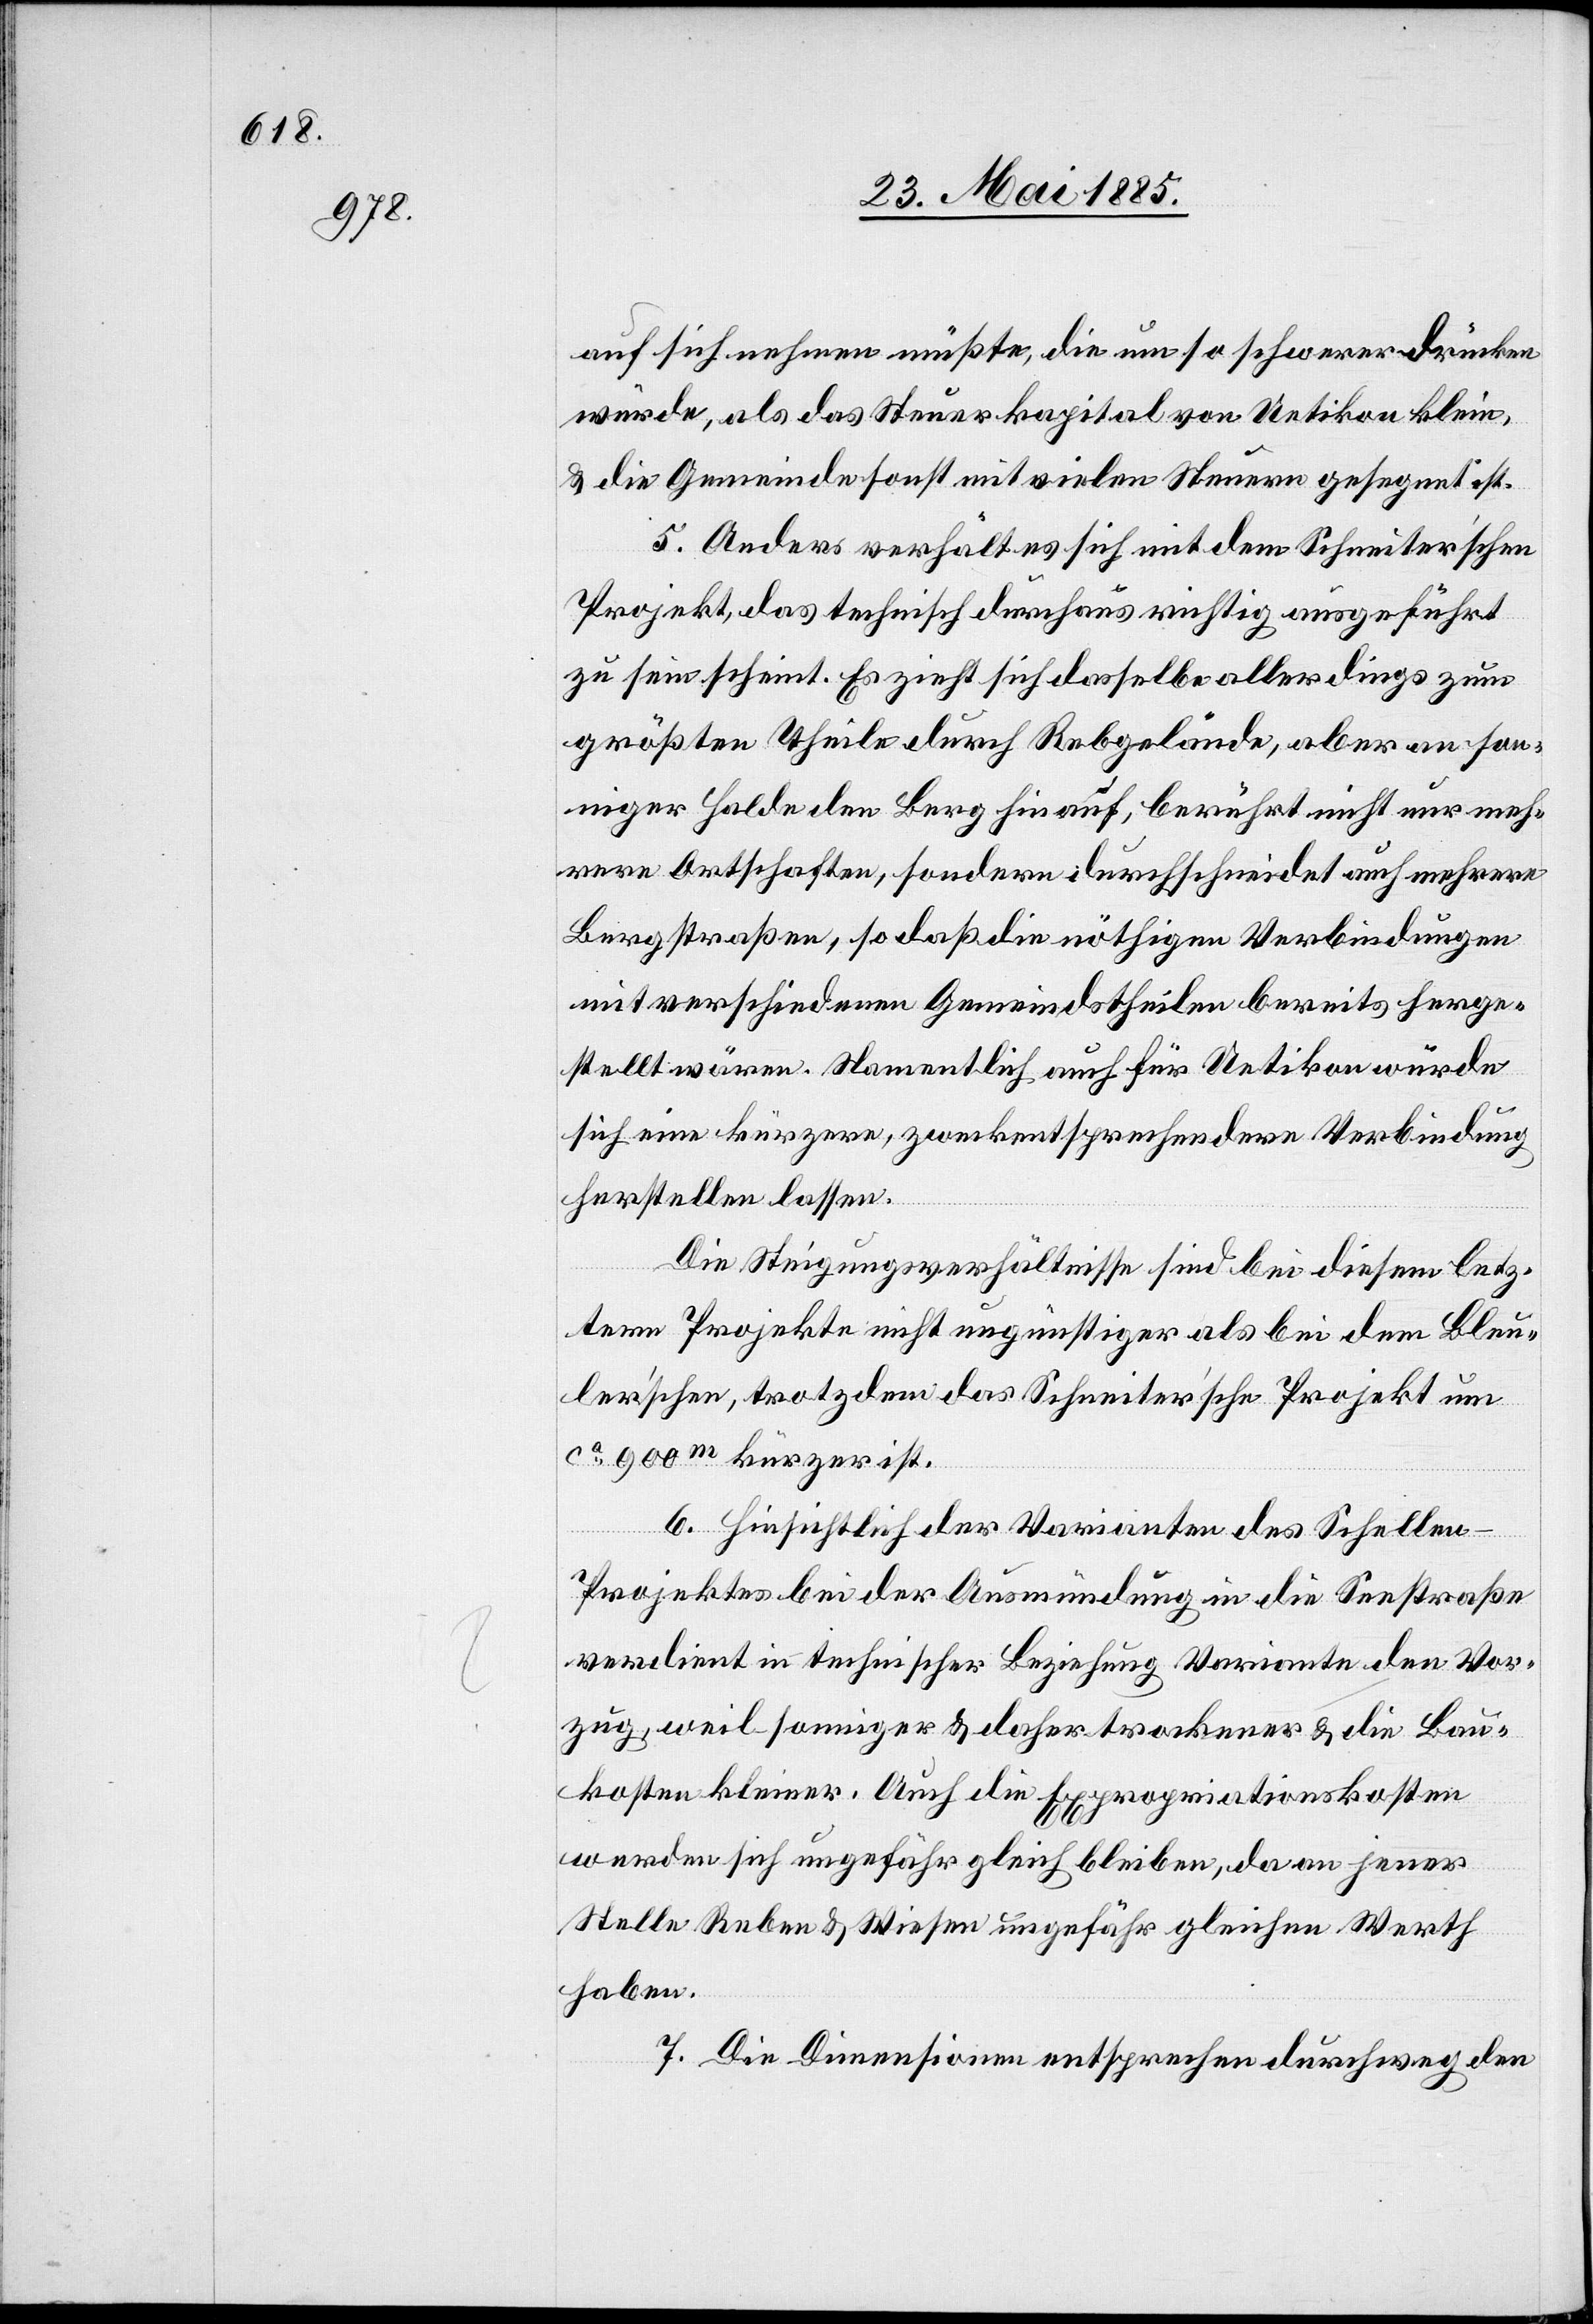
auf sich nehmen müßte, die um so schwerer drücken
würde, als das Steuerkapital von Uetikon klein,
& die Gemeinde sonst mit vielen Steuern gesegnet ist.
5. Anders verhält es sich mit dem Schneiter’schen
Projekt, das technisch durchaus richtig ausgeführt
zu sein scheint. Es zieht sich dasselbe allerdings zum
größten Theile durch Rebgelände, aber an son¬
niger Halde den Berg hinauf, berührt nicht nur meh¬
rere Ortschafen, sondern durchschneidet auch mehrere
Bergstraßen, so daß die nöthigen Verbindungen
mit verschiedenen Gemeindstheilen bereits herge¬
stellt wären. Namentlich auch für Uetikon würde
sich eine kürzere, zweckentsprechendere Verbindung
herstellen lassen.
Die Steigungsverhältnisse sind bei diesem letz¬
tern Projekte nicht ungünstiger als bei dem Bleu¬
ler’schen, trotzdem das Schneiter’sche Projekt um
ca 900 m kürzer ist.
6. Hinsichtlich der Varianten des Schelle¬
n-Projektes bei der Ausmündung in die Seestraße
verdient in technischer Beziehung Variante … den Vor¬
zug, weil sonniger & daher trockener & die Bau¬
kosten kleiner. Auch die Expropriationskosten
werden sich ungefähr gleich bleiben, da an jener
Stelle Reben & Wiesen ungefähr gleichen Werth
haben.
7. Die Dimensionen entsprechen durchweg den